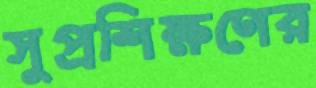
সুপ্রশিক্ষণের